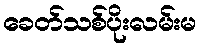
ခေတ်သစ်ပိုးလမ်းမ